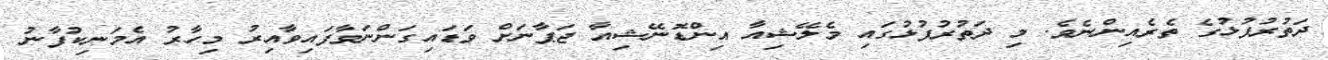
ދަތުރުފުޅުގެ ތެރެއިންނެވެ. މި ދަތުރުފުޅުގައި މެލޭޝިއާ އިންޑޮނޭޝިއާ ޖަޕާނަށް ވަޑައިގަންނަވާފައިވާއިރު މިހާރު އެމަނިކުފާނު